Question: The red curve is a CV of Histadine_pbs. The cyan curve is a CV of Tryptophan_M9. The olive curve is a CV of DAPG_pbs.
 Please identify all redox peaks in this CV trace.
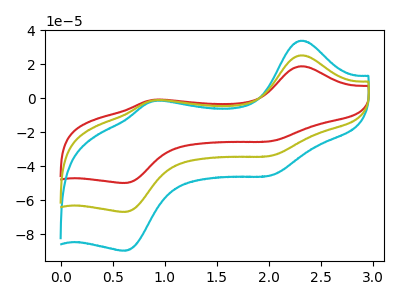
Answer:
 <answer>The red curve "Histadine_pbs" has anodic peaks at (2.30V, 18.85uA) (0.90V, -0.95uA) and cathodic peaks at (2.00V, -25.30uA) (0.60V, -49.90uA). The cyan curve "Tryptophan_M9" has anodic peaks at (2.30V, 50.65uA) (0.90V, -2.55uA) and cathodic peaks at (2.00V, -67.85uA) (0.60V, -133.80uA). The olive curve "DAPG_pbs" has anodic peaks at (2.30V, 25.30uA) (0.90V, -1.30uA) and cathodic peaks at (2.00V, -33.90uA) (0.60V, -66.90uA).</answer>
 <eval></eval>